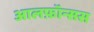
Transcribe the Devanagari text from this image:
आलफ़ॉन्सस